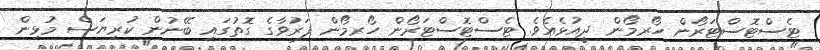
ޓެސްޓޮސްޓަރޯން ހޯރމޯން ދީއުޅެއެވެ. ޓެސްޓޮސްޓަރޯން ހޯރމޯން ފަރުވާގެ ގޮތުގައި ބޭނުން ކުރިޔަސް މުޅިން